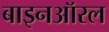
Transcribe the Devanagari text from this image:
बाइनऑरल